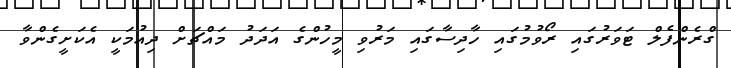
ގްރެންފެލް ޓަވަރުގައި ރޯވުމުގައި ހާދިސާގައި މަރުވި މީހުންގެ އަދަދު މައްޗަށް ދިއުމަކީ އެކަށީގެންވާ